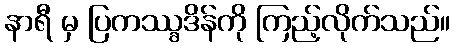
နာရီ မှ ပြကဿ္ခဒိန်ကို ကြည့်လိုက်သည်။